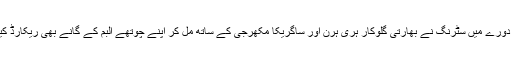
اس دورے میں سٹرنگ نے بھارتی گلوکار ہری ہرن اور ساگریکا مکھرجی کے ساتھ مل کر اپنے چوتھے البم کے گانے بھی ریکارڈ کیے۔